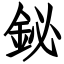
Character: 鉍